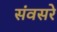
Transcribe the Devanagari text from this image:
संवसरे